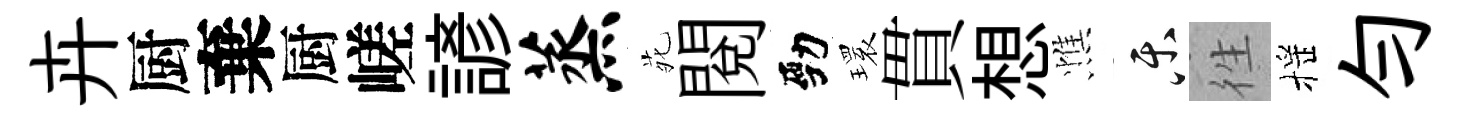
卉厨棄厨嵯諺蒸𫟍閱勁𤨔貫想憔乐徃摇匀